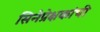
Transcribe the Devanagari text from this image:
सिनेप्रेक्षकांची